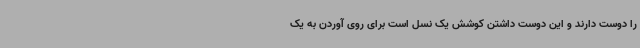
را دوست دارند و این دوست داشتن کوشش یک نسل است برای روی آوردن به یک